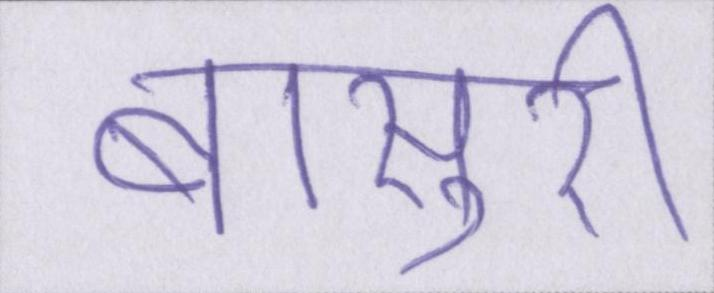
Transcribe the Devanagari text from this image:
बाँसुरी